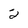
Character: 2